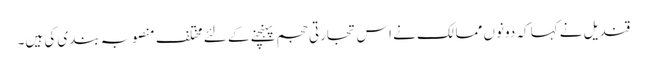
قندیل نے کہا کہ دونوں ممالک نے اس تجارتی حجم پہنچنے کے لئے مختلف منصوبہ بندی کی ہیں۔